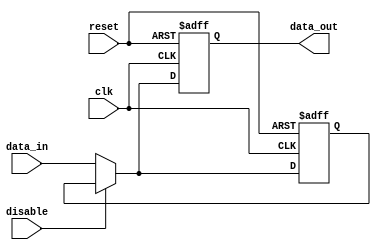
module DisableBlock (
    input wire clk,           // Clock signal
    input wire reset,         // Asynchronous reset signal
    input wire disable,       // Control signal to disable the block
    input wire [N-1:0] data_in, // Input data (N bits wide)
    output reg [N-1:0] data_out // Output data (N bits wide)
);
    parameter N = 8; // Parameter to define the width of the data

    // Internal state to hold the last valid output
    reg [N-1:0] last_valid_output;

    always @(posedge clk or posedge reset) begin
        if (reset) begin
            // Reset state
            data_out <= {N{1'b0}}; // Initialize output to 0
            last_valid_output <= {N{1'b0}}; // Initialize last valid output to 0
        end else if (disable) begin
            // Maintain the last valid output when disabled
            data_out <= last_valid_output;
        end else begin
            // Process input and update output
            data_out <= data_in;
            last_valid_output <= data_in; // Update last valid output
        end
    end

endmodule